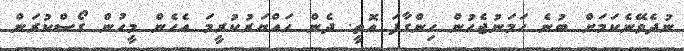
ނުދެވޭނެކަމަށް ބުނެ ހަމަނުޖެހުން ހިންގާފަ އޮތީ. ދެން ހައްޔަރުކުރީމަ އެހެން މީހުން ގޯސްކުރަން